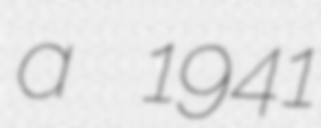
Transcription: a 1941